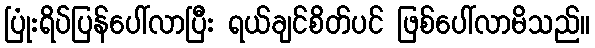
ပြုံးရိပ်ပြန်ပေါ်လာပြီး ရယ်ချင်စိတ်ပင် ဖြစ်ပေါ်လာမိသည်။